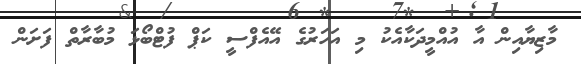
މާޒިޔާއިން އާ އުއްމީދަކާއެކު މި އަހަރުގެ އޭއެފްސީ ކަޕް ފުޓްބޯޅަ މުބާރާތް ފަށަން